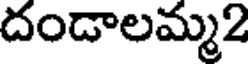
దండాలమ్మ2